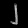
Digit: ၂